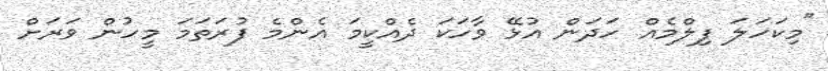
"މިކަހަލަ ފިލްމެއް ހަދަން އުޅޭ ވާހަކަ ދެއްކީމަ އެންމެ ފުރަތަމަ މީހުން ވަރަށް